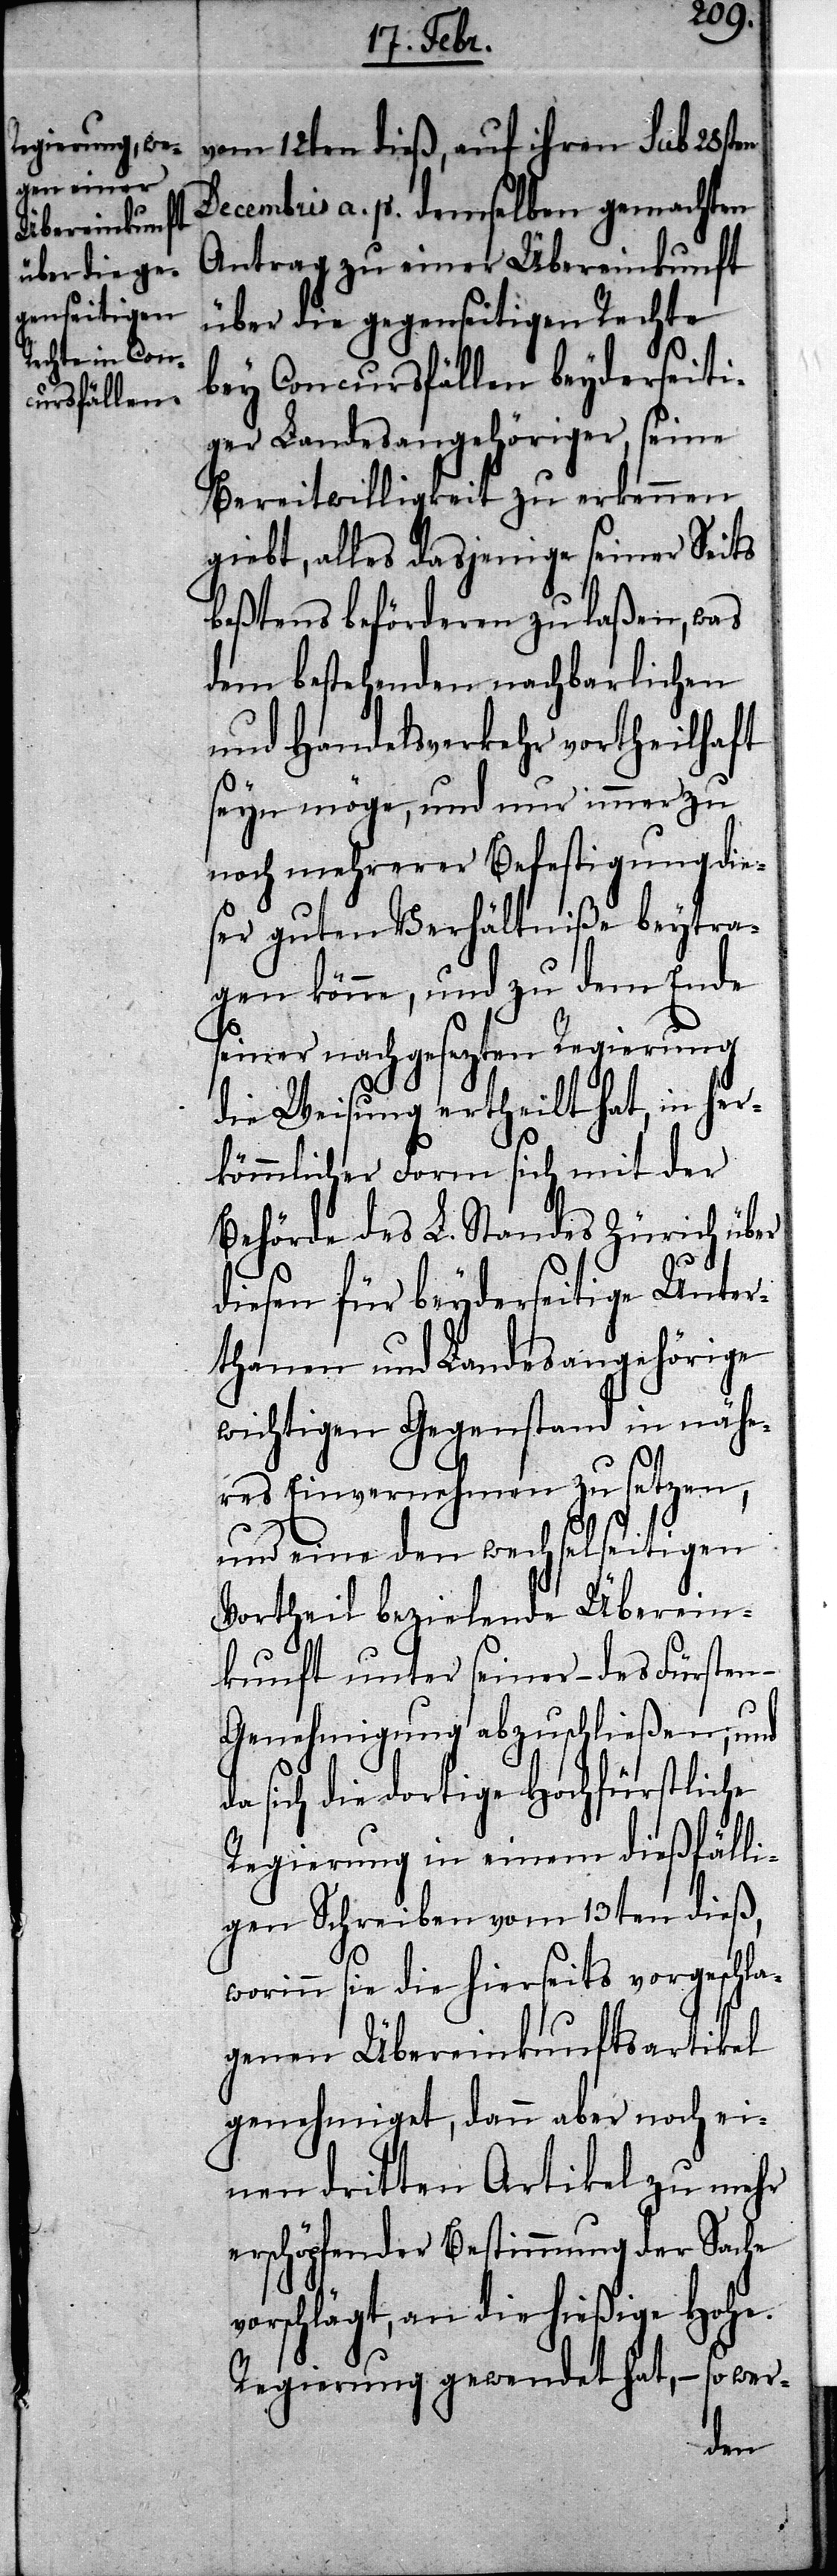
vom 12ten dieß, auf ihren sub 28sten
Decembris a. p. demselben gemachten
Antrag zu einer Übereinkunft
über die gegenseitigen Rechte
bey Concursfällen beyderseiti¬
ger Landesangehöriger, seine
Bereitwilligkeit zu erkennen
giebt, alles dasjenige seiner Seits
beßtens beförderen zu laßen, was
dem bestehenden nachbarlichen
und Handelsverkehr vortheilhaft
seyn möge, und nur immer zu
noch mehrerer Befestigung die¬
ser guten Verhältniße beytra¬
gen könne, und zu dem Ende
seiner nachgesagten Regierung
die Weisung ertheilt hat, in her¬
kömmlicher Form sich mit der
Behörde des L. Standes Zürich über
diesen für beyderseitige Unter¬
thanen und Landesangehörige
wichtigen Gegenstand in nähe¬
res Einvernehmen zu setzen,
und eine den wechselseitigen
Vortheil bezielende Überein¬
kunft unter seiner – des Fürsten –
Genehmigung abzuschließen; und
da sich die dortige Hochfürstliche
Regierung in einem dießfälli¬
gen Schreiben vom 13ten dieß,
worinn sie die hierseits vorgeschla¬
genen Übereinkunftsartikel
genehmiget, dann aber noch ei¬
nen dritten Artikel zu mehr
erschöpfender Bestimmung der Sache
vorschlägt, an die hießige Hohe
Regierung gewendet hat, – so wer-